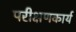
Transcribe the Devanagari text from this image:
परीक्षणकार्य